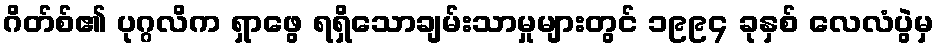
ဂိတ်စ်၏ ပုဂ္ဂလိက ရှာဖွေ ရရှိသောချမ်းသာမှုများတွင် ၁၉၉၄ ခုနှစ် လေလံပွဲမှ